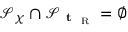
\mathcal { S } _ { \boldsymbol { \chi } } \cap \mathcal { S } _ { \textbf { t } _ { \mathrm { ~ R ~ } } } = \emptyset